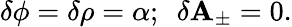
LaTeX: \delta\phi=\delta\rho=\alpha;~~\delta\mathbf{A}_{\pm}=0.